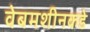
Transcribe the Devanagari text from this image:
वेबमशीनकडे